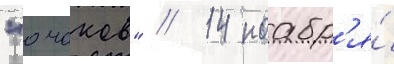
"очаков" // 14 ноабр'я́